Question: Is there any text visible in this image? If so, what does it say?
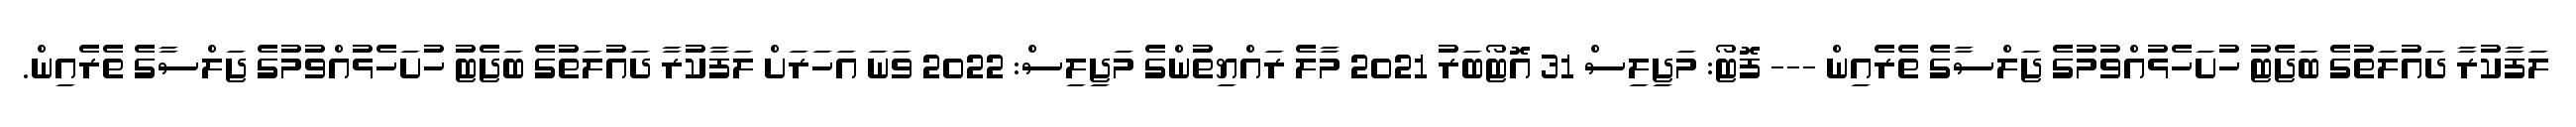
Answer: ލަފާކުރާ ދައުލަތުގެ ބަޖެޓު ހުށަހެޅުއްވުމުގެ ޖަލްސާގެ ތެރެއިން --- ފޮޓޯ: މަޖިލިސް 31 އޮޓޯބަރު 2021 މާލެ ރައްޔިތުންގެ މަޖިލިސް: 2022 ވަނަ އަހަރަށް ލަފާކުރާ ދައުލަތުގެ ބަޖެޓު ހުށަހެޅުއްވުމުގެ ޖަލްސާގެ ތެރެއިން.